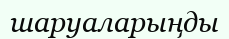
шаруаларыңды